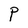
Character: P